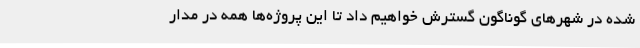
شده در شهرهای گوناگون گسترش خواهیم داد تا این پروژه‌ها همه در مدار